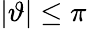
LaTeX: |\vartheta|\leq\pi